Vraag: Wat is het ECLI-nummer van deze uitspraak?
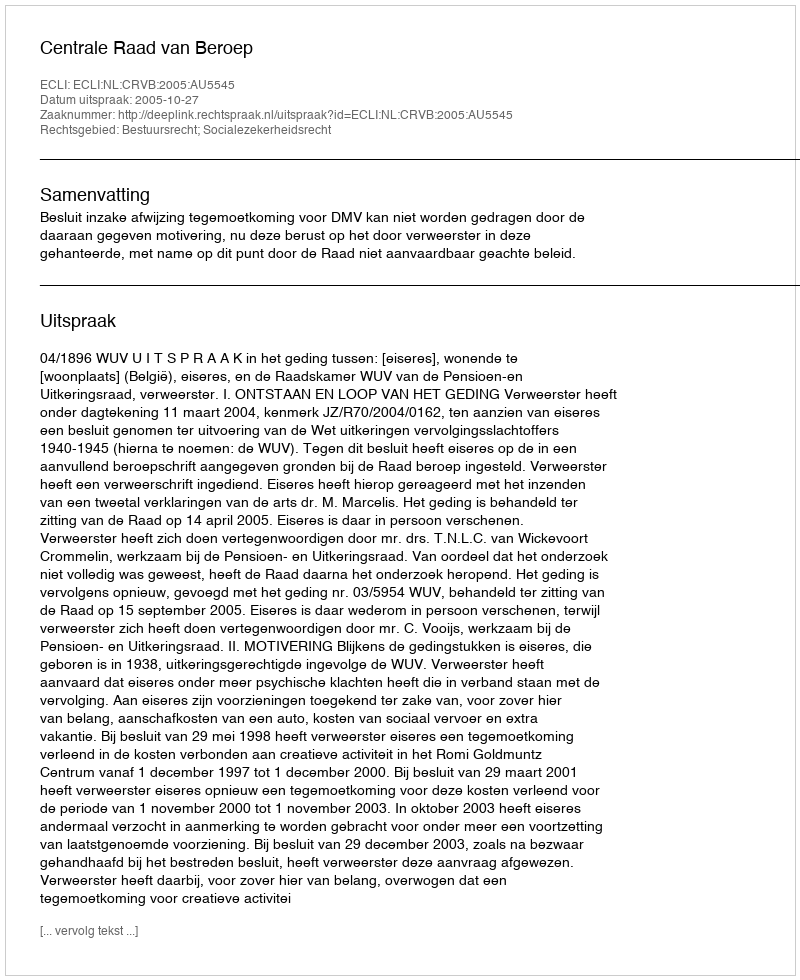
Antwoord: ECLI:NL:CRVB:2005:AU5545